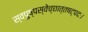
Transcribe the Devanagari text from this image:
स्वपुष्पस्वेच्छात्तषट्पदः।